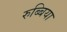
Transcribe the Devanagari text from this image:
रुब्बिया